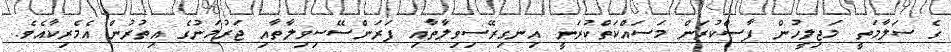
ގެ ސަލާމަތީ މަޖިލީހުން ފާސްކުރަން މަސައްކަތްކުރަނީ އިނގިރޭސިވިލާތާއި ފަރަންސޭސިވިލާތާއި ޖަރުމަނުގެ އިތުރުން އެމެރިކާއެވެ.